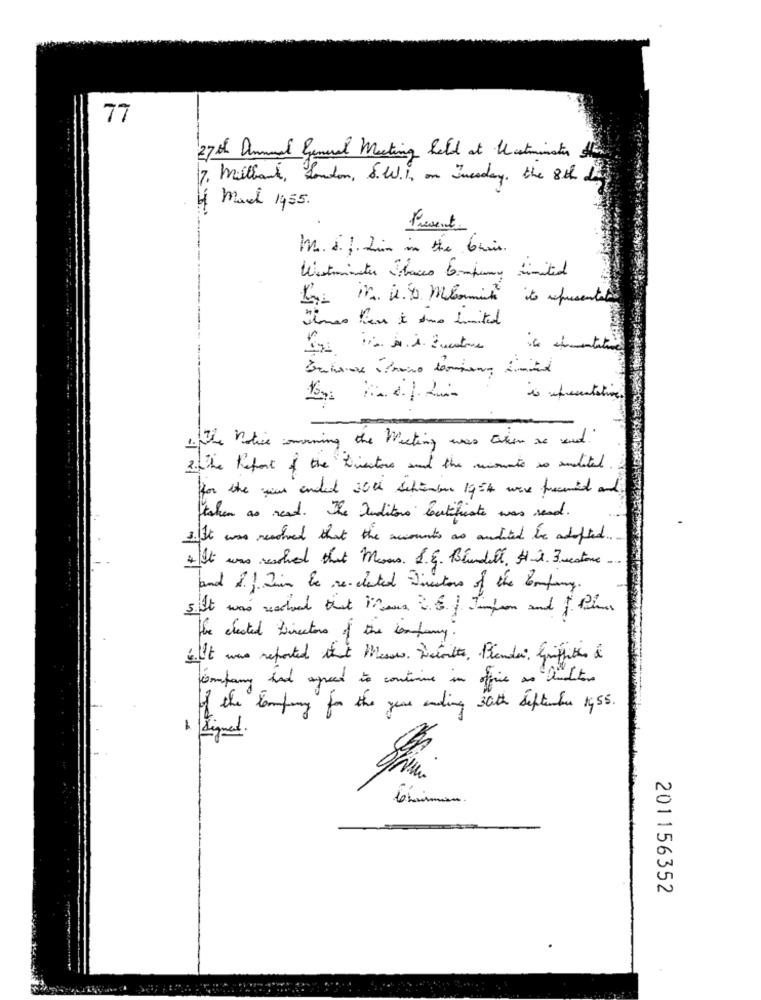
77
27 08 Annual general Meeting held at Westminster the
7. Milbank, London, S.W.I, on Juesday, the 8th da
March 1955.
Present.
Mr. 1. 1. him in the brain
Westminster bacco Company Limited
Ky in is 4 miomich to presentat
vienes fer à une limited
1.The notice comoning the Meting was taken as und
3.The Report of the Directors and the moment so auditel
for the year ended 30th september 1954 ware freceid and
taken as read. The Auditors leetfuiste was read.
1. It was reached that the accounts as audited be adapted
4.It was reached that Mous. S.E. Blundell, H-2. 3 vestire
and If Juin be re-elected Directors of the Company.
5.It was reached that Whena . S.| Impon and | film
the elected Directors of the century.
.It was reported that Messes. Detoute, Bienda: Griffitis &
company has agreed to continue in ofice as auditors
of the camping for the year anding 30th September 19 55.
1 digmed.
201156352